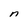
Character: n